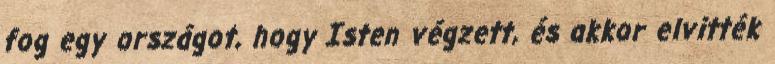
fog egy országot, hogy Isten végzett, és akkor elvitték